Leaving Certificate Examination, 1920
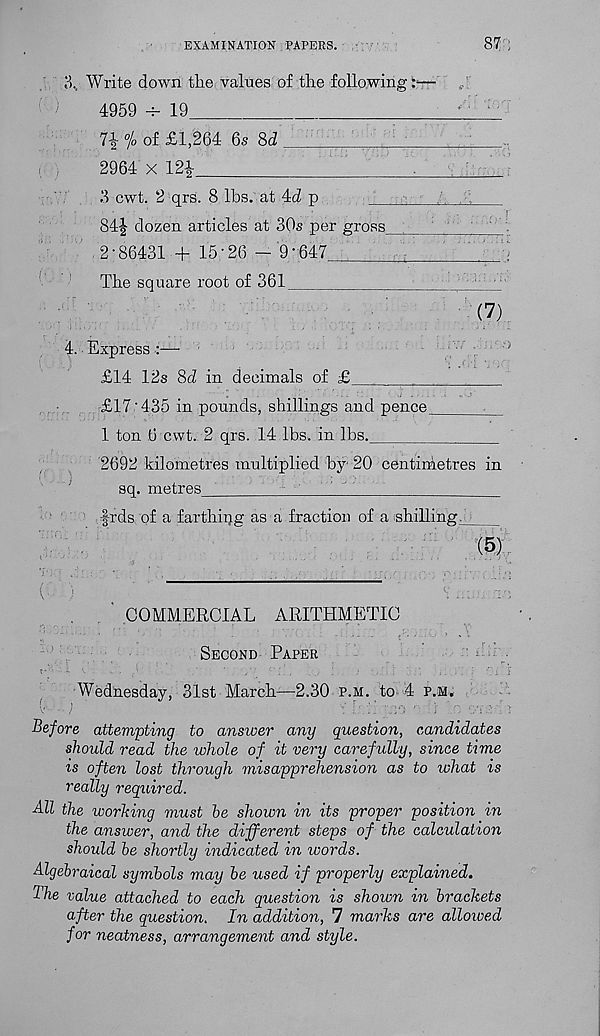
EXAMINATION PAPERS.
87 ;
Write down the values of the following :-
4959 -h 19
7i “/o of £1,264 6s 8d
2964 x 12i
3 cwt. 2 qrs. 8 lbs. at 4d p
84|- dozen articles at 30s per gross_
2-86431 + 15-26 - 9-647_
The square root of 361
(7)
Express :—
£14 12s 8d in decimals of £
£17-435 in pounds, shillings and pence_
1 ton 0 cwt. 2 qrs. 14 lbs. in lbs.
2692 kilometres multiplied by 20 centimetres in
sq. metres
‘
f-rds of a farthiqg as a fraction of a shillings
(5)
COMMERCIAL ARITHMETIC
Second Paper
Wednesday, 31st March—2.30 p.m. to 4 p.M.
Before attempting to answer any question, candidates
should read the whole of it very carefully, since time
is often lost through misapprehension as to what is
really required.
AZZ the working must he shown in its proper position in
the answer, and the different steps of the calculation
should he shortly indicated in words.
Algebraical symbols may he used if properly explained.
The value attached to each question is shown in brackets
after the question. In addition, 7 marks are allowed
for neatness, arrangement and style.